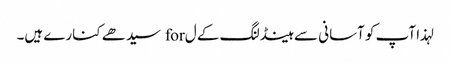
لہذا آپ کو آسانی سے ہینڈلنگ کے ل for سیدھے کنارے ہیں۔